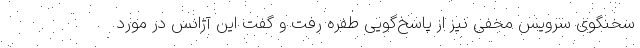
سخنگوی سرویس مخفی نیز از پاسخ‌گویی طفره رفت و گفت این آژانس در مورد